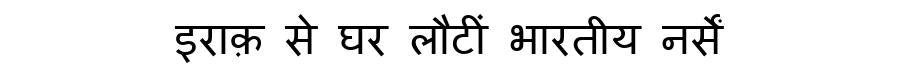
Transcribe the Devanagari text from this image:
इराक़ से घर लौटीं भारतीय नर्सें